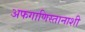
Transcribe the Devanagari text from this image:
अफगाणिस्तानाशी